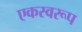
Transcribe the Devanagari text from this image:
एकस्वरूप